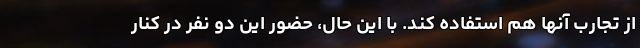
از تجارب آنها هم استفاده کند. با این حال، حضور این دو نفر در کنار